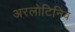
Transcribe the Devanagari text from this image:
अरलोटिनिब